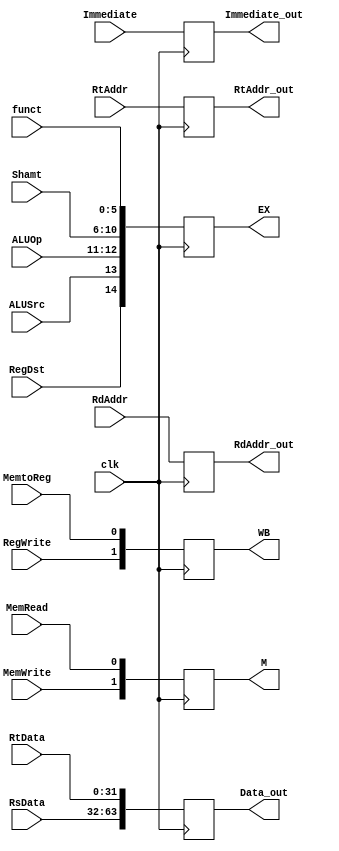
module IDEX(clk, RsData, RtData, Immediate, ALUOp, RtAddr, RdAddr, Shamt, funct, RegWrite, MemWrite, MemRead, RegDst, ALUSrc, MemtoReg,
	Data_out, Immediate_out, RtAddr_out, RdAddr_out, WB, M, EX);
	input clk;
	input [31:0] RsData, RtData, Immediate;
	input [1:0] ALUOp;
	input [5:0] funct;
	input [4:0] RtAddr, RdAddr, Shamt;
	input RegWrite, MemWrite, MemRead, RegDst, ALUSrc, MemtoReg;
	output reg [63:0] Data_out;
	output reg [31:0] Immediate_out;
	output reg [4:0] RtAddr_out, RdAddr_out;
	output reg [1:0] WB;
	output reg [1:0] M;
	output reg [14:0] EX;
	always@(posedge clk) begin
		Data_out = {RsData, RtData};
		Immediate_out = Immediate;
		RtAddr_out = RtAddr;
		RdAddr_out = RdAddr;
		WB = {RegWrite, MemtoReg};
		M = {MemWrite, MemRead};
		EX = {RegDst, ALUSrc, ALUOp, Shamt, funct};
	end
endmodule